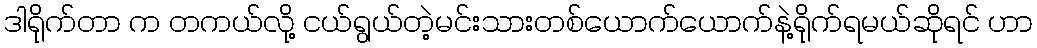
ဒါရိုက်တာ က တကယ်လို့ ငယ်ရွယ်တဲ့မင်းသားတစ်ယောက်ယောက်နဲ့ရိုက်ရမယ်ဆိုရင် ဟာ